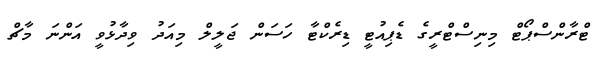
ޓްރާންސްޕޯޓް މިނިސްޓްރީގެ ޑެޕިއުޓީ ޑިރެކްޓާ ހަސަން ޖަލީލް މިއަދު ވިދާޅުވީ އަންނަ މާޗް